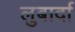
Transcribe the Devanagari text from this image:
लुबार्दा